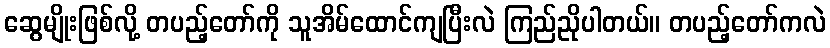
ဆွေမျိုးဖြစ်လို့ တပည့်တော်ကို သူအိမ်ထောင်ကျပြီးလဲ ကြည်ညိုပါတယ်။ တပည့်တော်ကလဲ